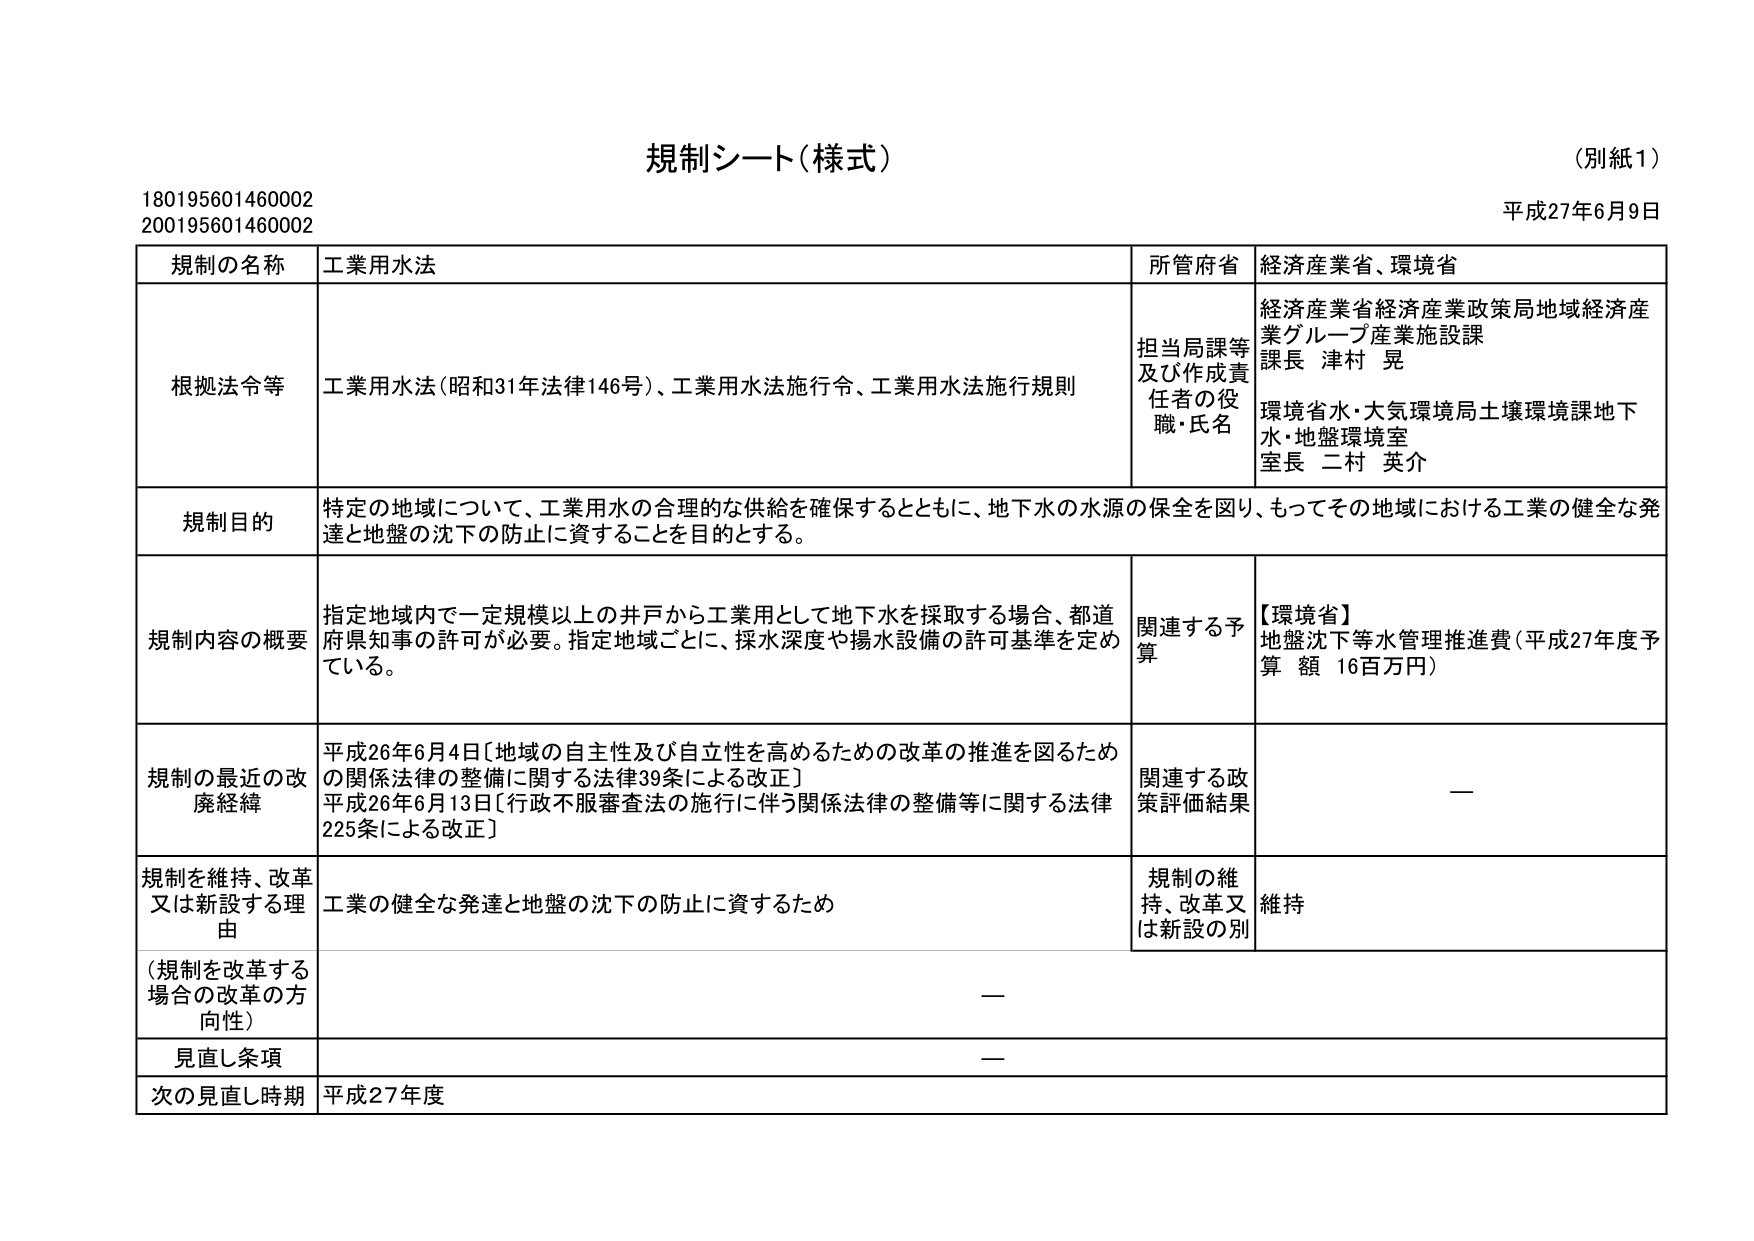
規制シート（様式）
（別紙１）
平成27年6月9日
180195601460002
200195601460002

規制の名称　工業用水法
所管府省　経済産業省、環境省

根拠法令等　工業用水法（昭和31年法律146号）、工業用水法施行令、工業用水法施行規則
担当局課等及び作成責任者の役職・氏名
経済産業省経済産業政策局地域経済産業グループ産業施設課
課長 津村 晃
環境省水・大気環境局土壌環境課地下水・地盤環境室
室長 二村 英介

規制目的　特定の地域について、工業用水の合理的な供給を確保するとともに、地下水の水源の保全を図り、もってその地域における工業の健全な発達と地盤の沈下の防止に資することを目的とする。

規制内容の概要　指定地域内で一定規模以上の井戸から工業用として地下水を採取する場合、都道府県知事の許可が必要。指定地域ごとに、採水深度や揚水設備の許可基準を定めている。
関連する予算　【環境省】地盤沈下等水管理推進費（平成27年度予算額 16百万円）

規制の最近の改廃経緯　平成26年6月4日〔地域の自主性及び自立性を高めるための改革の推進を図るための関係法律の整備に関する法律39条による改正〕
平成26年6月13日〔行政不服審査法の施行に伴う関係法律の整備等に関する法律225条による改正〕
関連する政策評価結果　—

規制を維持、改革又は新設する理由　工業の健全な発達と地盤の沈下の防止に資するため
規制の維持、改革又は新設の別　維持

（規制を改革する場合の改革の方向性）　—

見直し条項　—

次の見直し時期　平成27年度